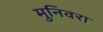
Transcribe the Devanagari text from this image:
मुनिवरा